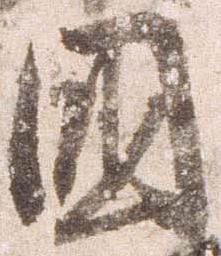
国